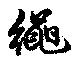
縄